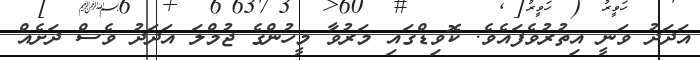
އަދަދު ވަނީ އިތުރުވެފައެވެ. ކޮވިޑްގައި މަރުވާ މީހުންގެ ޖުމްލަ އަދަދު ވެސް ދަށެއް